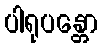
ပါရုပန္တော